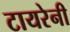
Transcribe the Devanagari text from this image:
टायरेनी